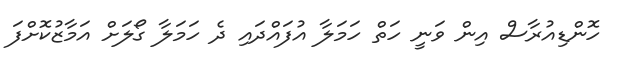
ހޮންޑިއުރާސް އިން ވަނީ ހަތް ހަމަލާ އުފައްދައި ދެ ހަމަލާ ގޯލަށް އަމާޒުކޮށްފަ